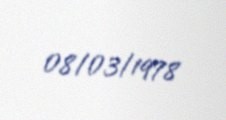
08/03/1978